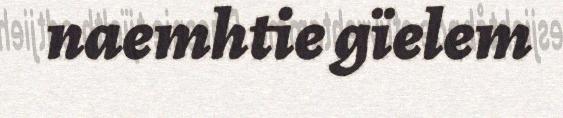
naemhtie gïelem